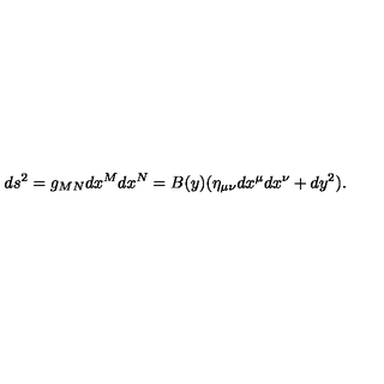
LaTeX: d s ^ { 2 } = g _ { M N } d x ^ { M } d x ^ { N } = B ( y ) ( \eta _ { \mu \nu } d x ^ { \mu } d x ^ { \nu } + d y ^ { 2 } ) .